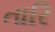
તારિ